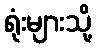
ရုံးများသို့